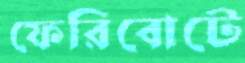
ফেরিবোটে